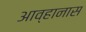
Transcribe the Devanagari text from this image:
आव्हानास